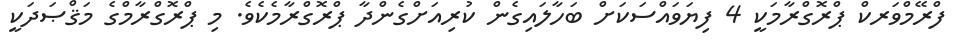
ފްރޭމްވަރކް ޕްރޮގްރާމަކީ 4 ފިޔަވައްސަކަށް ބަހާލައިގެން ކުރިއަށްގެންދާ ޕްރޮގްރާމެކެވެ. މި ޕްރޮގްރާމްގެ މަޤްޞަދަކީ